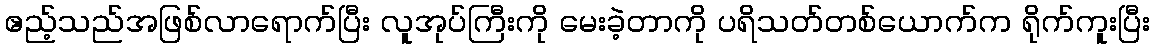
ဧည့်သည်အဖြစ်လာရောက်ပြီး လူအုပ်ကြီးကို မေးခဲ့တာကို ပရိသတ်တစ်ယောက်က ရိုက်ကူးပြီး